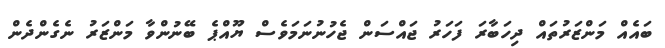
ބައެއް މަންޒަރުތައް ދިހަބާރަ ފަހަރު ޖައްސަން ޖެހުނުނަމަވެސް ޔޫއްޕެ ބޭނުންވާ މަންޒަރު ނެގެންދެން